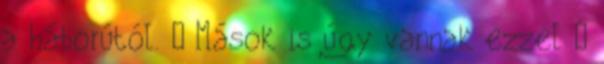
a háborútól. – Mások is úgy vannak ezzel –